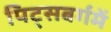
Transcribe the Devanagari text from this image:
पिट्सबर्गमें